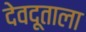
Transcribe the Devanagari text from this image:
देवदूताला